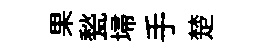
果甃埽手楚